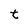
Character: t